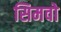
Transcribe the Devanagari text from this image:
सिमवो